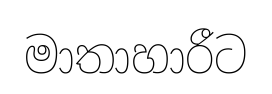
මාතාහාරීට